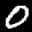
Label: 0